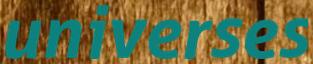
universes